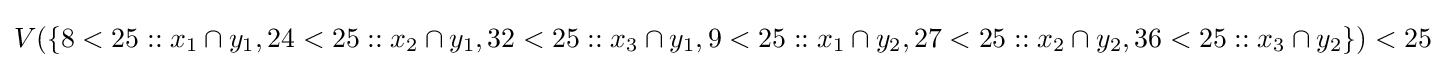
V(\{8<25::x_{1}\cap y_{1},24<25::x_{2}\cap y_{1},32<25::x_{3}\cap y_{1},9<25::x_{1}\cap y_{2},27<25::x_{2}\cap y_{2},36<25::x_{3}\cap y_{2}\})<25